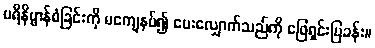
ပရိနိဗ္ဗာန်စံခြင်းကို မကျေနပ်၍ မေးလျှောက်သည်ကို ဖြေရှင်းပြခန်း။